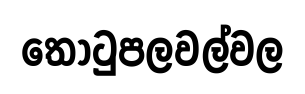
තොටුපලවල්වල